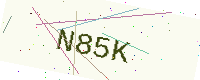
Text: N85K